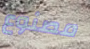
مصنوع